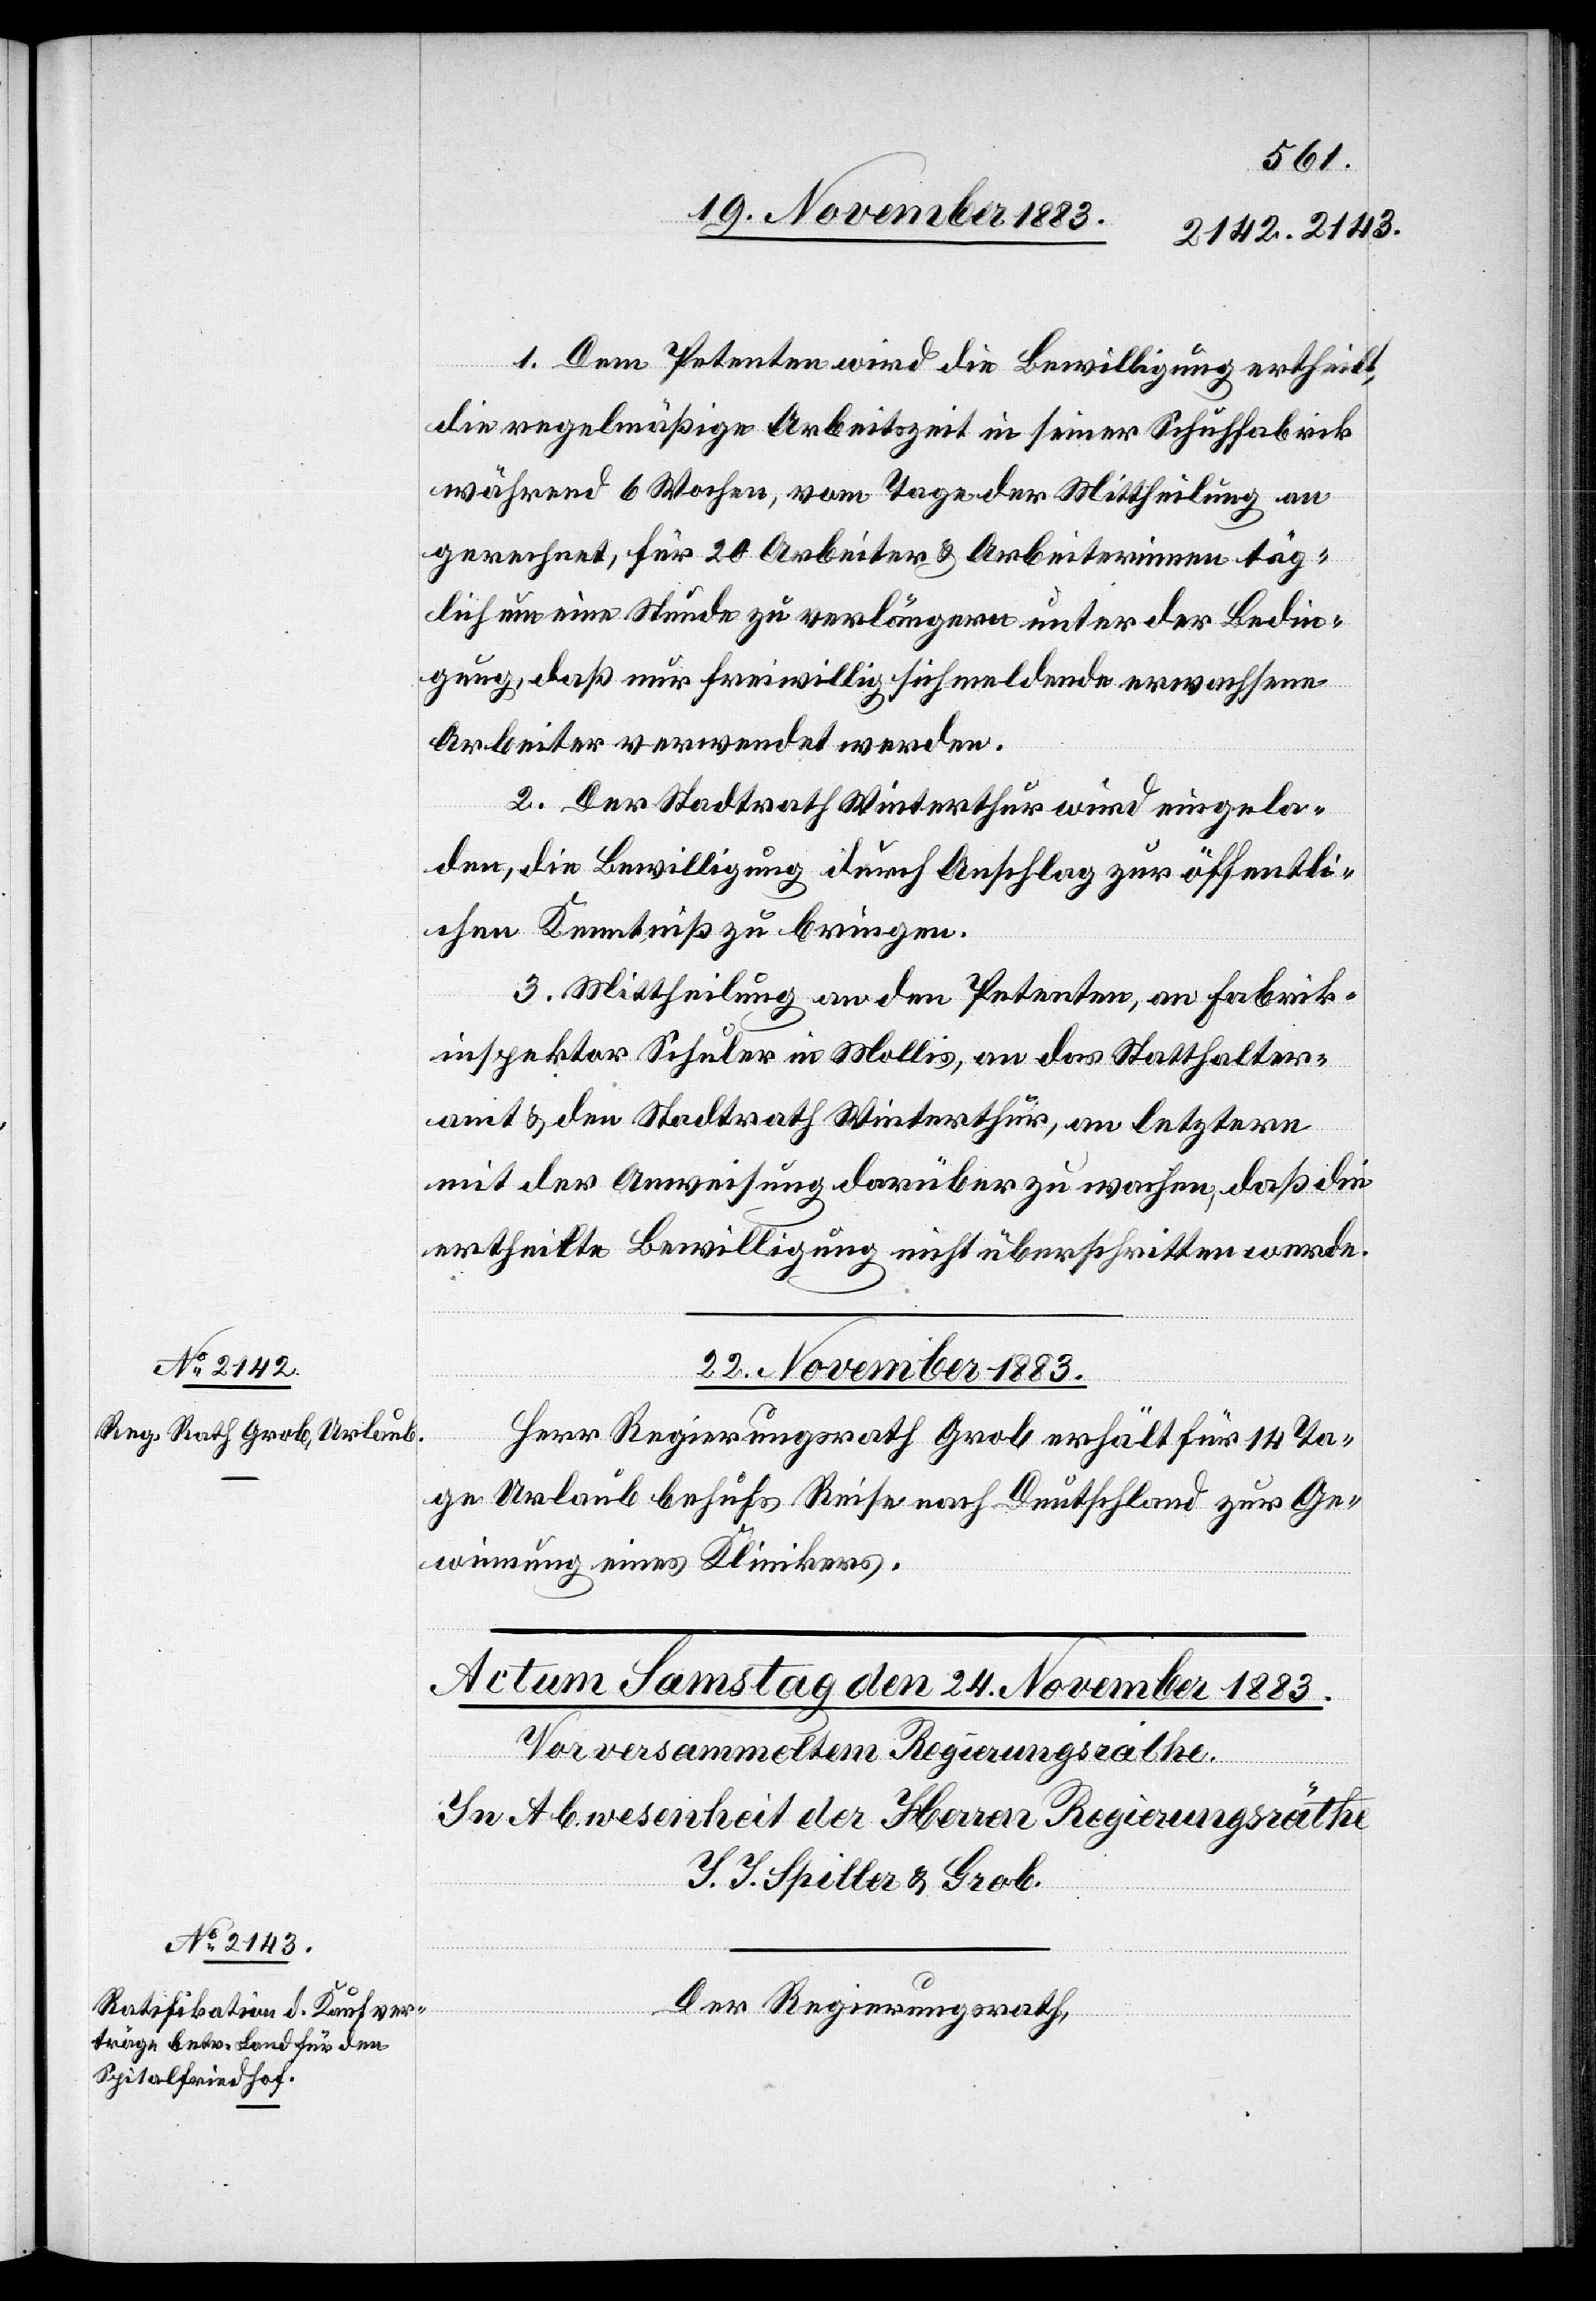
1. Dem Petenten wird die Bewilligung ertheilt,
die regelmäßige Arbeitszeit in seiner Schuhfabrik
während 6 Wochen, vom Tage der Mittheilung an
gerechnet, für 20 Arbeiter & Arbeiterinnen täg¬
lich um eine Stunde zu verlängern unter der Bedin¬
gung, daß nur freiwillig sich meldende erwachsene
Arbeiter verwendet werden.
2. Der Stadtrath Winterthur wird eingela¬
den, die Bewilligung durch Anschlag zur öffentli¬
chen Kenntniß zu bringen.
3. Mittheilung an den Petenten, an Fabrik¬
inspektor Schuler in Mollis, an das Statthalter¬
amt & den Stadtrath Winterthur, an letztere
mit der Anweisung darüber zu wachen, daß die
ertheilte Bewilligung nicht überschritten werde.
22. November 1883.
Herr Regierungsrath Grob erhält für 14 Ta¬
ge Urlaub behufs Reise nach Deutschland zur Ge¬
winnung eines Klinikers.
Der Regierungsrath,